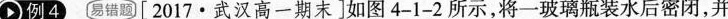
例4易错题[2017·武汉高一期末]如图4-1-2所示，将一玻璃瓶装水后密闭，并